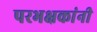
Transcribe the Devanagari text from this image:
परभक्षकांनी